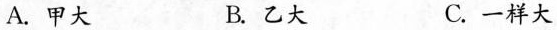
A.甲大 B.乙大 C.一样大